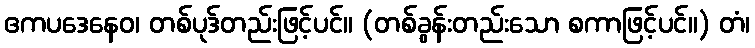
ဧကပဒေနေဝ၊ တစ်ပုဒ်တည်းဖြင့်ပင်။ (တစ်ခွန်းတည်းသော စကာဖြင့်ပင်။) တံ၊